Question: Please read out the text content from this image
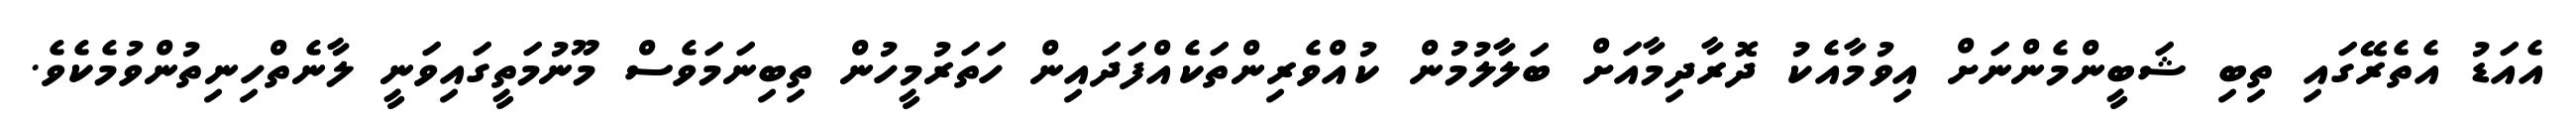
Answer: އެއަޑު އެތެރޭގައި ތިބި ޝަބީންމެންނަށް އިވުމާއެކު ދޮރާދިމާއަށް ބަލާލުމުން ކުއްވެރިންތަކެއްފަދައިން ހަތަރުމީހުން ތިބިނަމަވެސް މޫނުމަތީގައިވަނީ ލާނެތްހިނިތުންވުމެކެވެ.